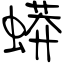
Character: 蟒